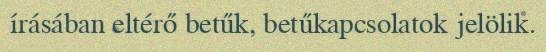
írásában eltérő betűk, betűkapcsolatok jelölik.